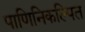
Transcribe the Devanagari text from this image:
पाणिनिकल्पित